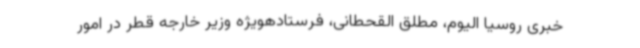
خبری روسیا الیوم، مطلق القحطانی، فرستادهویژه وزیر خارجه قطر در امور